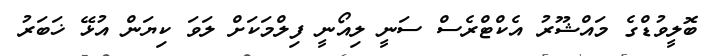
ބޮލީވުޑްގެ މައްޝޫރު އެކްޓްރެސް ސަނީ ލިއޯނީ ފިލްމަކަށް ލަވަ ކިޔަން އުޅޭ ޚަބަރު